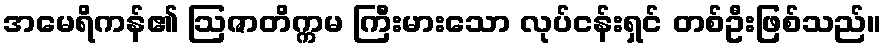
အမေရိကန်၏ ဩဇာတိက္ကမ ကြီးမားသော လုပ်ငန်းရှင် တစ်ဦးဖြစ်သည်။